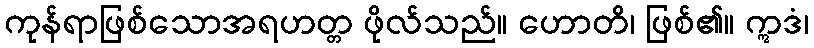
ကုန်ရာဖြစ်သောအရဟတ္တ ဖိုလ်သည်။ ဟောတိ၊ ဖြစ်၏။ ဣဒံ၊